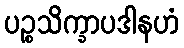
ပဉ္စသိက္ခာပဒါနဟံ